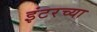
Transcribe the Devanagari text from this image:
इंटरच्या